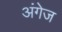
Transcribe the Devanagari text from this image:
अंगेज